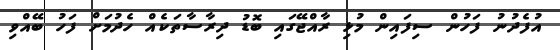
އުފެދުނު ފަހުން ސިފައިން މުޅި ރާއްޖޭގައި ބޮޑު ދިރާސާތަކެއް ހެދުމަށް ފަހު ބޭއްވި